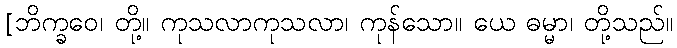
[ဘိက္ခဝေ၊ တို့။ ကုသလာကုသလာ၊ ကုန်သော။ ယေ ဓမ္မာ၊ တို့သည်။